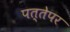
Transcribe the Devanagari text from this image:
पत्तेपर